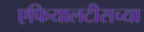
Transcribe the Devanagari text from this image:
एफियालटीसच्या